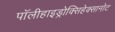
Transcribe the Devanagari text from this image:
पॉलीहाइड्रोक्सिहेक्सानोट